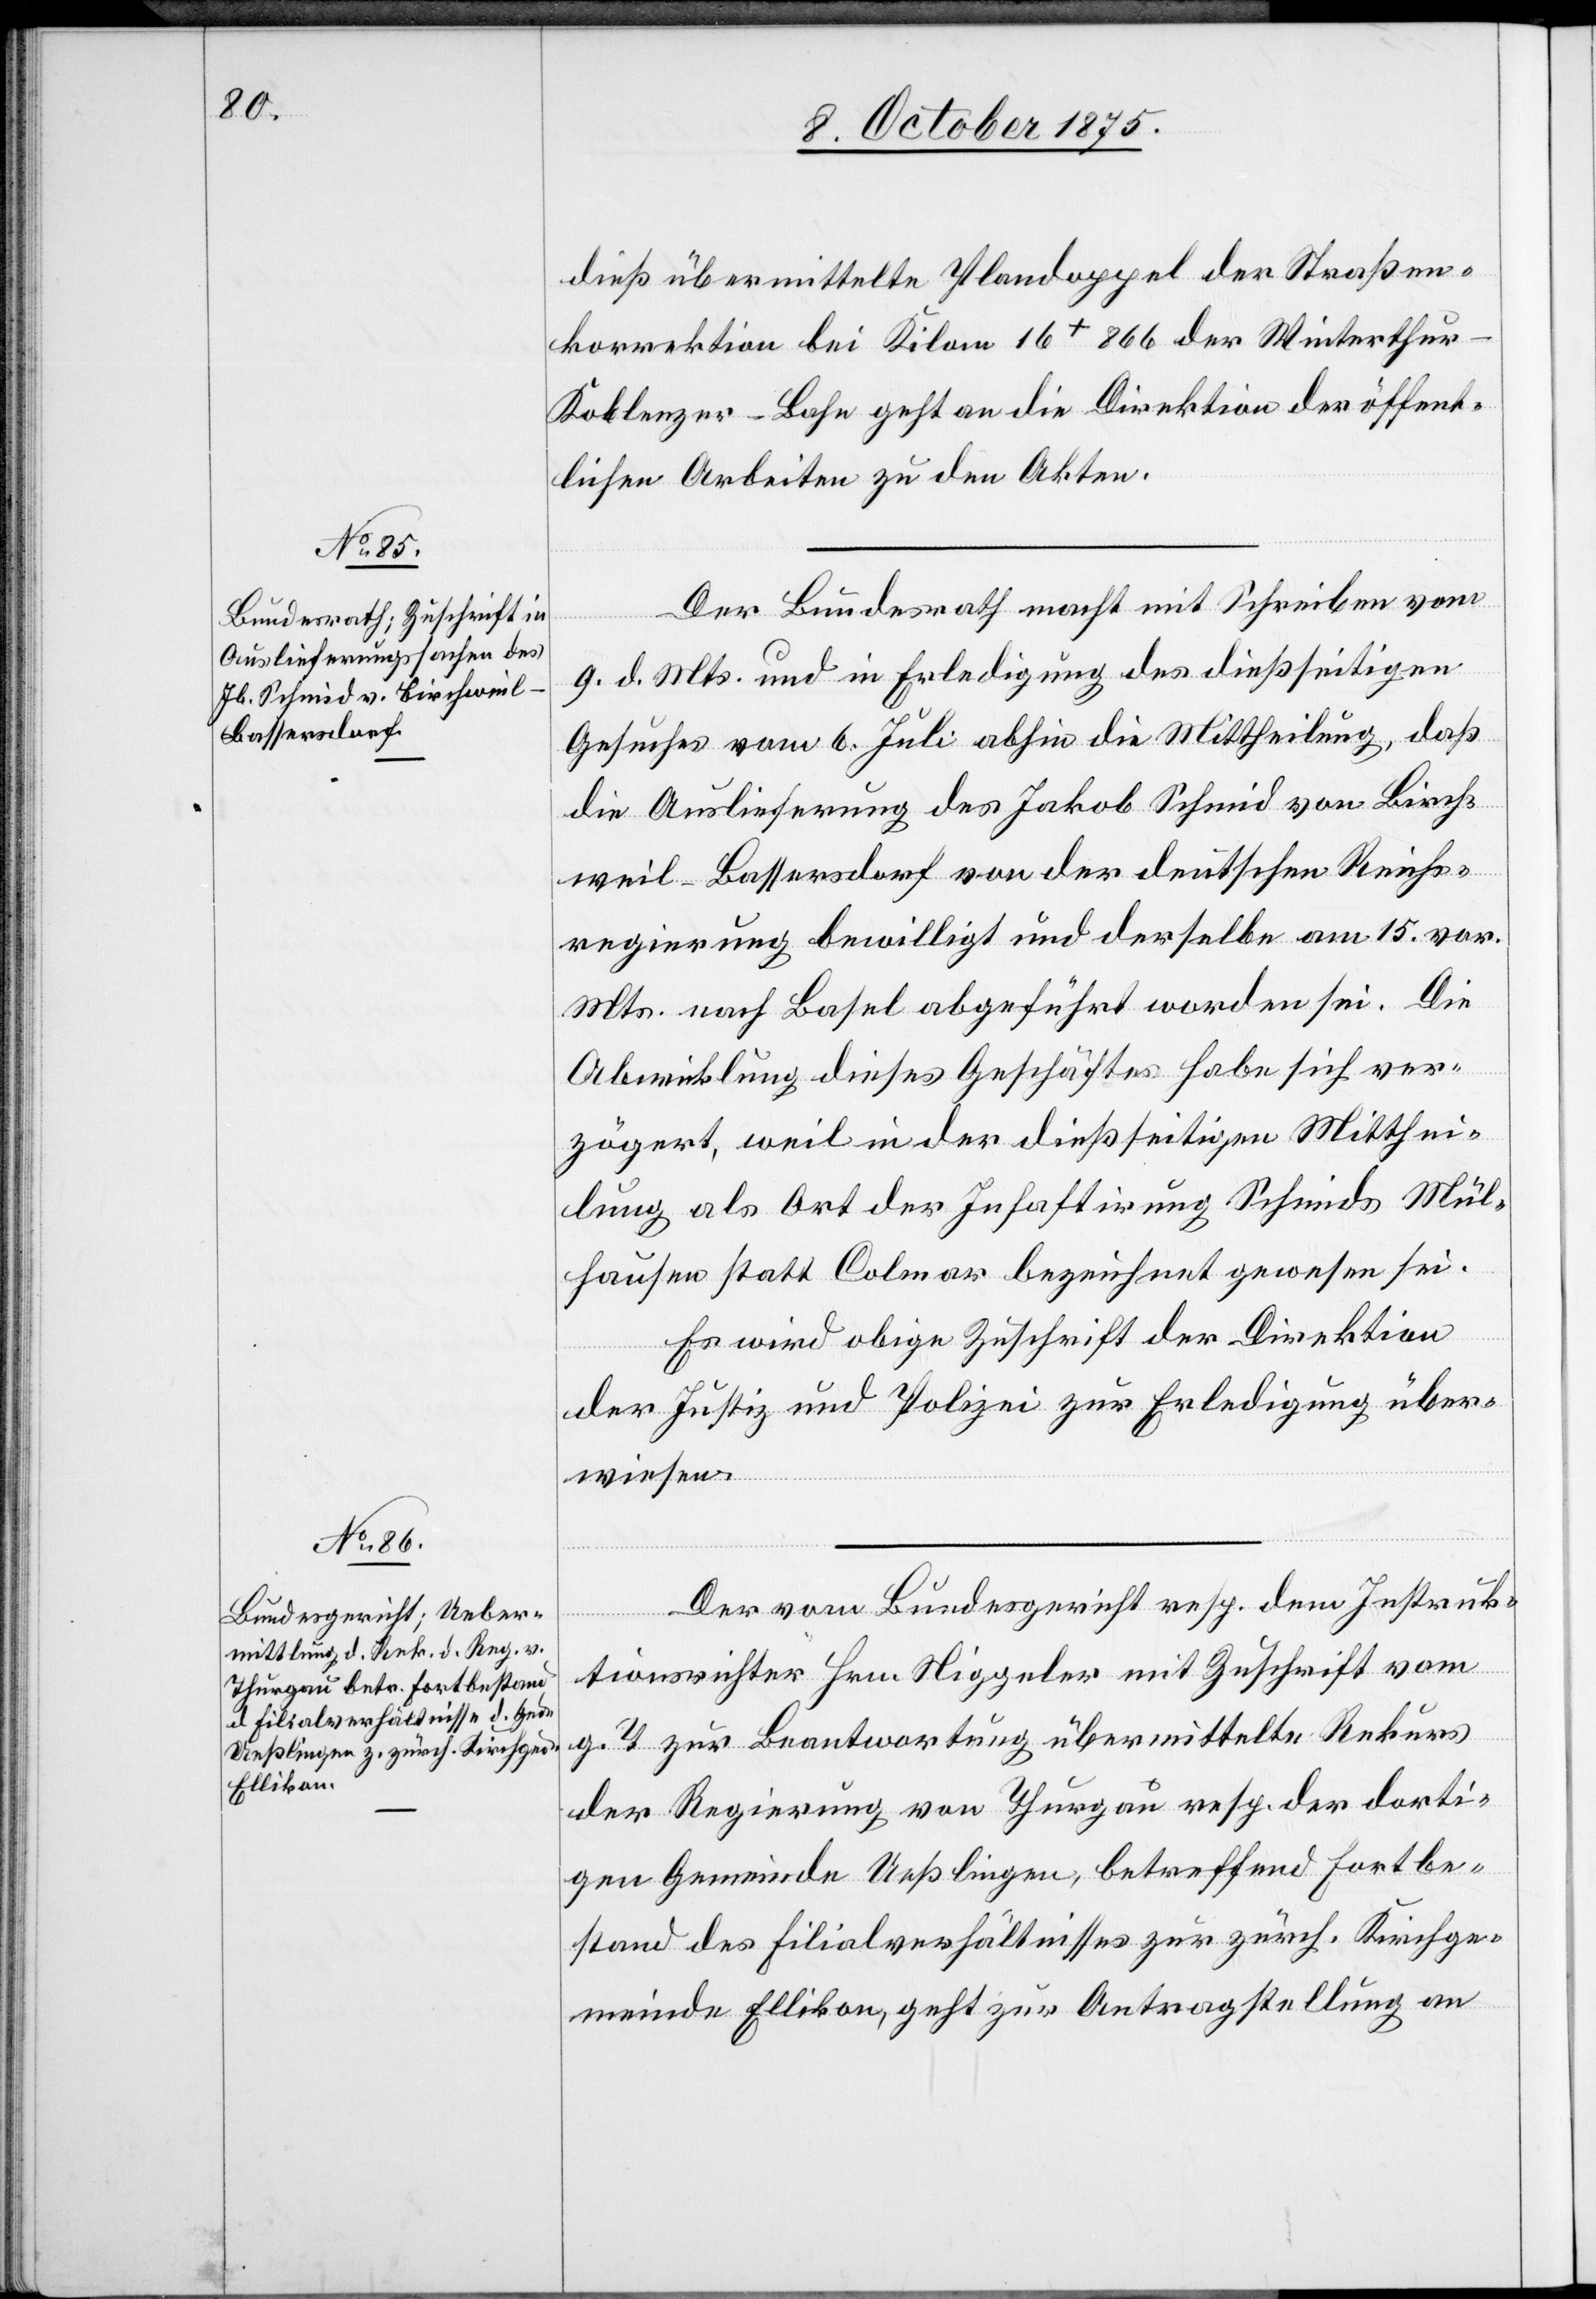
12. October 1875.]
dieß übermittelte Plandoppel der Straßen¬
korrektion bei Kilom. 16+866 der Winterthu¬
r–Koblenzer-Bahn geht an die Direktion der öffent¬
lichen Arbeiten zu den Akten.
Der Bundesrath macht mit Schreiben vom
9. d. Mts und in Erledigung des dießseitigen
Gesuches vom 6. Juli abhin die Mittheilung, daß
die Auslieferung des Jakob Schmid von Birch¬
weil - Bassersdorf von der deutschen Reichs¬
regierung bewilligt und derselbe am 15. vor.
Mts. nach Basel abgeführt worden sei. Die
Abwicklung dieses Geschäftes habe sich ver¬
zögert weil in der dießseitigen Mitthei¬
lung als Ort der Inhaftirung Schmids Mül¬
hausen statt Colmar bezeichnet gewesen sei.
Es wird obige Zuschrift der Direktion
der Justiz und Polizei zur Erledigung über¬
wiesen.
Der vom Bundesgericht resp. dem Instruk¬
tionsrichter Hrn. Niggeler mit Zuschrift vom
g. T. zur Beantwortung übermittelte Rekurs
der Regierung von Thurgau resp. der dorti¬
gen Gemeinde Ueßlingen, betreffend Fortbe¬
stand des Filialverhältnisses zur zürch. Kirchge¬
meinde Ellikon, geht zur Antragstellung an